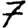
Digit: 7